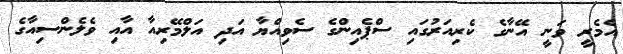
އެމެރީ ވަނީ އޭނާގެ ކެރިއަރުގައި ސްޕެއިންގެ ސެވިއްޔާ އަދި އަލްމޭރިއާ އާއި ވެލެންސިއާގެ